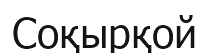
Соқырқой